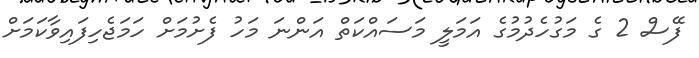
ފޭސް 2 ގެ މަގުހެދުމުގެ އަމަލީ މަސައްކަތް އަންނަ މަހު ފެށުމަށް ހަމަޖެހިފައިވާކަމަށް